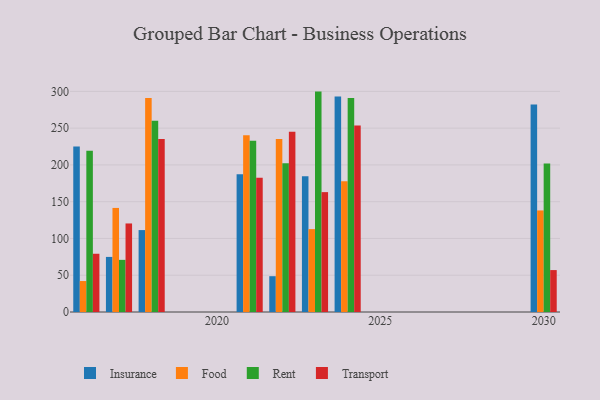
{"axis": {"x": "Year", "y": "Net Income (USD K)"}, "legend": ["Food", "Insurance", "Rent", "Transport"], "data": [{"x": "2016", "y": 224.9, "type": "Insurance"}, {"x": "2016", "y": 42.1, "type": "Food"}, {"x": "2016", "y": 219.1, "type": "Rent"}, {"x": "2016", "y": 79.2, "type": "Transport"}, {"x": "2021", "y": 187.2, "type": "Insurance"}, {"x": "2021", "y": 240.4, "type": "Food"}, {"x": "2021", "y": 232.7, "type": "Rent"}, {"x": "2021", "y": 182.5, "type": "Transport"}, {"x": "2024", "y": 293.2, "type": "Insurance"}, {"x": "2024", "y": 177.7, "type": "Food"}, {"x": "2024", "y": 291.1, "type": "Rent"}, {"x": "2024", "y": 253.6, "type": "Transport"}, {"x": "2017", "y": 74.9, "type": "Insurance"}, {"x": "2017", "y": 141.5, "type": "Food"}, {"x": "2017", "y": 70.9, "type": "Rent"}, {"x": "2017", "y": 120.4, "type": "Transport"}, {"x": "2018", "y": 111.4, "type": "Insurance"}, {"x": "2018", "y": 290.9, "type": "Food"}, {"x": "2018", "y": 260.2, "type": "Rent"}, {"x": "2018", "y": 235.3, "type": "Transport"}, {"x": "2023", "y": 184.5, "type": "Insurance"}, {"x": "2023", "y": 112.7, "type": "Food"}, {"x": "2023", "y": 299.7, "type": "Rent"}, {"x": "2023", "y": 163.0, "type": "Transport"}, {"x": "2022", "y": 48.7, "type": "Insurance"}, {"x": "2022", "y": 235.2, "type": "Food"}, {"x": "2022", "y": 202.4, "type": "Rent"}, {"x": "2022", "y": 245.2, "type": "Transport"}, {"x": "2030", "y": 282.3, "type": "Insurance"}, {"x": "2030", "y": 138.1, "type": "Food"}, {"x": "2030", "y": 201.9, "type": "Rent"}, {"x": "2030", "y": 57.0, "type": "Transport"}]}